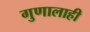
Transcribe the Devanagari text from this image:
गुणालाही